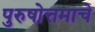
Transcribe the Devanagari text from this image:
पुरुषोत्तमाचे